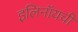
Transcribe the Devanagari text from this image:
इलिनॉयची